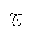
Letter: _gim